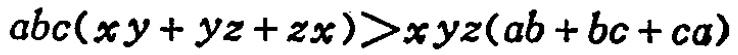
\(abc(xy + yz + zx)>xyz(ab + bc + ca)\)